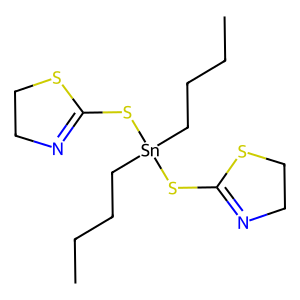
SMILES: CCCC[Sn](CCCC)(SC1=NCCS1)SC1=NCCS1
Inhibits HIV replication: No